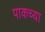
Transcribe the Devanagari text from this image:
पाकच्या